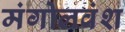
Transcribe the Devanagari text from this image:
मंगोलवंश